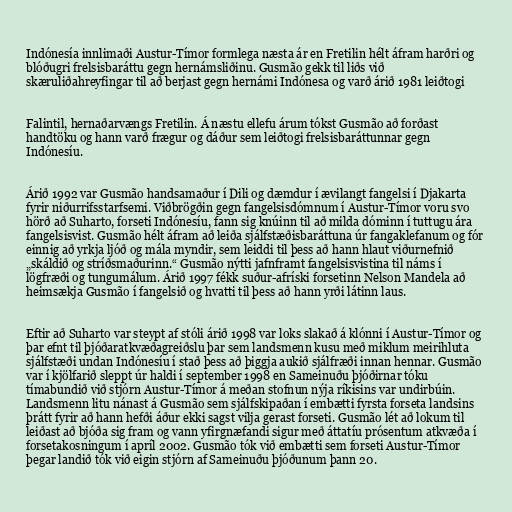
Indónesía innlimaði Austur-Tímor formlega næsta ár en Fretilin hélt áfram harðri og
blóðugri frelsisbaráttu gegn hernámsliðinu. Gusmão gekk til liðs við
skæruliðahreyfingar til að berjast gegn hernámi Indónesa og varð árið 1981 leiðtogi

Falintil, hernaðarvængs Fretilin. Á næstu ellefu árum tókst Gusmão að forðast
handtöku og hann varð frægur og dáður sem leiðtogi frelsisbaráttunnar gegn
Indónesíu.

Árið 1992 var Gusmão handsamaður í Dili og dæmdur í ævilangt fangelsi í Djakarta
fyrir niðurrifsstarfsemi. Viðbrögðin gegn fangelsisdómnum í Austur-Tímor voru svo
hörð að Suharto, forseti Indónesíu, fann sig knúinn til að milda dóminn í tuttugu ára
fangelsisvist. Gusmão hélt áfram að leiða sjálfstæðisbaráttuna úr fangaklefanum og fór
einnig að yrkja ljóð og mála myndir, sem leiddi til þess að hann hlaut viðurnefnið
„skáldið og stríðsmaðurinn.“ Gusmão nýtti jafnframt fangelsisvistina til náms í
lögfræði og tungumálum. Árið 1997 fékk suður-afríski forsetinn Nelson Mandela að
heimsækja Gusmão í fangelsið og hvatti til þess að hann yrði látinn laus.

Eftir að Suharto var steypt af stóli árið 1998 var loks slakað á klónni í Austur-Tímor og
þar efnt til þjóðaratkvæðagreiðslu þar sem landsmenn kusu með miklum meirihluta
sjálfstæði undan Indónesíu í stað þess að þiggja aukið sjálfræði innan hennar. Gusmão
var í kjölfarið sleppt úr haldi í september 1998 en Sameinuðu þjóðirnar tóku
tímabundið við stjórn Austur-Tímor á meðan stofnun nýja ríkisins var undirbúin.
Landsmenn litu nánast á Gusmão sem sjálfskipaðan í embætti fyrsta forseta landsins
þrátt fyrir að hann hefði áður ekki sagst vilja gerast forseti. Gusmão lét að lokum til
leiðast að bjóða sig fram og vann yfirgnæfandi sigur með áttatíu prósentum atkvæða í
forsetakosningum í apríl 2002. Gusmão tók við embætti sem forseti Austur-Tímor
þegar landið tók við eigin stjórn af Sameinuðu þjóðunum þann 20.